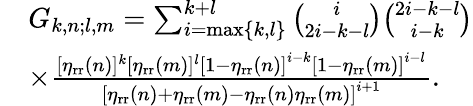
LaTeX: \begin{array}{rl}&{G_{k,n;l,m}=\sum_{i=\mathrm{max}\left\lbrace k,l\right\rbrace}^{k+l}\binom{i}{2i-k-l}\binom{2i-k-l}{i-k}}\\ &{\times\frac{[\eta_{\mathrm{rr}}(n)]^{k}[\eta_{\mathrm{rr}}(m)]^{l}\left[1-\eta_{\mathrm{rr}}(n)\right]^{i-k}\left[1-\eta_{\mathrm{rr}}(m)\right]^{i-l}}{\left[\eta_{\mathrm{rr}}(n)+\eta_{\mathrm{rr}}(m)-\eta_{\mathrm{rr}}(n)\eta_{\mathrm{rr}}(m)\right]^{i+1}}.}\end{array}